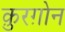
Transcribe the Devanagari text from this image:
क़ुरग़ोन